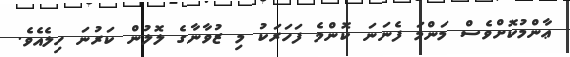
ޢާންމުކޮށްވެސް މަންމަ ފެނަނަ ކޮންމެ ފަހަރަކު މި ޒުވާނާގެ ލޮލުން ކަރުނަ ހިލެއެވެ.